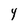
Character: 4